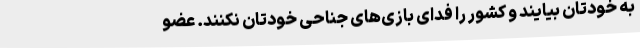
به خودتان بیایند و کشور را فدای بازی‌های جناحی خودتان نکنند. عضو